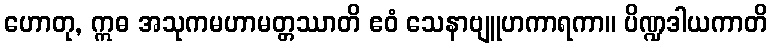
ဟောတု, ဣဓ အသုကမဟာမတ္တဿာတိ ဧဝံ သေနာဗျူဟကာရကာ။ ပိဏ္ဍဒါယကာတိ